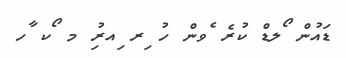
ޑައުން ޯލޑް ކުރެ ެވން ހު ިރ ިއރުި މ ޯކ ާހ